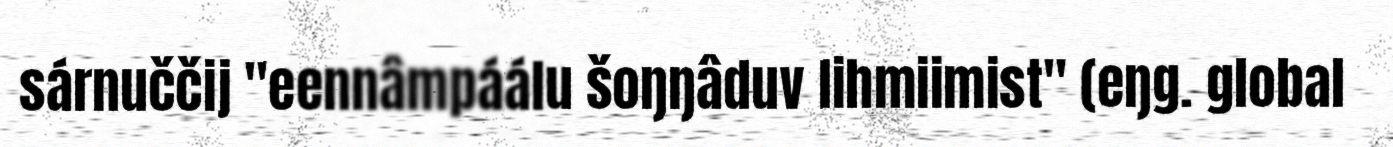
sárnuččij "eennâmpáálu šoŋŋâduv lihmiimist" (eŋg. global